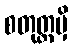
စတုတ္ထမှိ